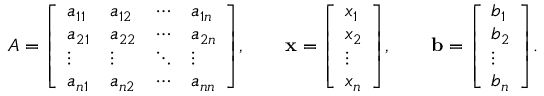
A = { \left[ \begin{array} { l l l l } { a _ { 1 1 } } & { a _ { 1 2 } } & { \cdots } & { a _ { 1 n } } \\ { a _ { 2 1 } } & { a _ { 2 2 } } & { \cdots } & { a _ { 2 n } } \\ { \vdots } & { \vdots } & { \ddots } & { \vdots } \\ { a _ { n 1 } } & { a _ { n 2 } } & { \cdots } & { a _ { n n } } \end{array} \right] } , \qquad \mathbf { x } = { \left[ \begin{array} { l } { x _ { 1 } } \\ { x _ { 2 } } \\ { \vdots } \\ { x _ { n } } \end{array} \right] } , \qquad \mathbf { b } = { \left[ \begin{array} { l } { b _ { 1 } } \\ { b _ { 2 } } \\ { \vdots } \\ { b _ { n } } \end{array} \right] } .